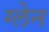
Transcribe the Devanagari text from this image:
ग्‍लेन